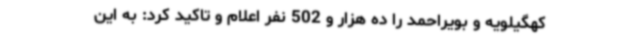
کهگیلویه و بویراحمد را ده هزار و 502 نفر اعلام و تاکید کرد: به این